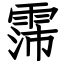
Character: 霈